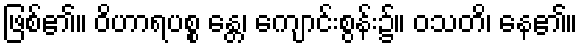
ဖြစ်၏။ ဝိဟာရပစ္စ န္တေ၊ ကျောင်းစွန်း၌။ ဝသတိ၊ နေ၏။